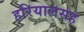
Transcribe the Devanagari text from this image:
हरियालसह